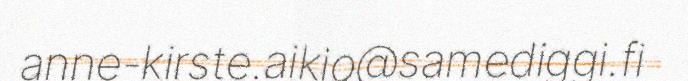
anne-kirste.aikio@samediggi.fi